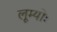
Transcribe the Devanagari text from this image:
लूम्योः